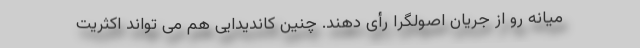
میانه رو از جریان اصولگرا رأی دهند. چنین کاندیدایی هم می تواند اکثریت